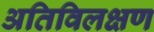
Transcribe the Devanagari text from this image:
अतिविलक्षण